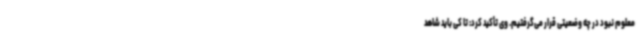
معلوم نبود در چه وضعیتی قرار می‌گرفتیم. وی تأکید کرد: تا کی باید شاهد